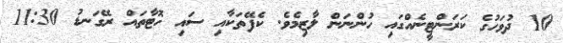
10 ދުވަހުގެ ކަރަންޓީނެއްގައި ހުންނަން ލާޒިމެވެ. ކެފޭތަކާއި ސައި ހޮޓާތައް ރޭގަނޑު 11:30